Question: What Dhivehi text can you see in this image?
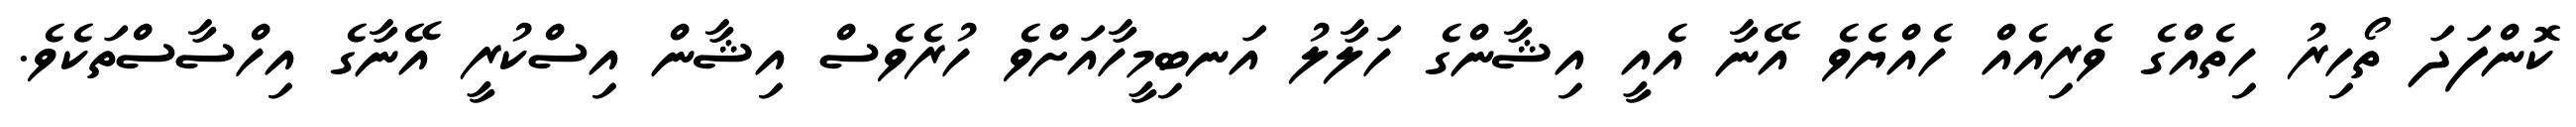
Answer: ކޮންފަދަ ތޯހިރު ހިތެއްގެ ވެރިއެއް ހެއްޔެވެ އޭނާ އެއީ އިޝާންގެ ހަލާލު އަނބިމީހާއަށްވެ ހުރެވެސް އިޝާން އިސްކުރީ އޭނާގެ އިހްސާސްތަކެވެ.